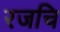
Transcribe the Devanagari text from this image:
रजचि